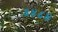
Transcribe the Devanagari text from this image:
३४८४